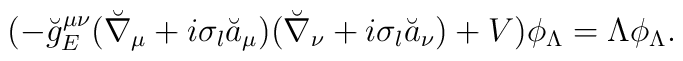
(-\breve{g}^{\mu\nu}_E (\breve{\nabla}_\mu+i\sigma_l\breve{a}_\mu) (\breve{\nabla}_\nu+i\sigma_l \breve{a}_\nu)+V)\phi_{\Lambda}=\Lambda \phi_{\Lambda}.